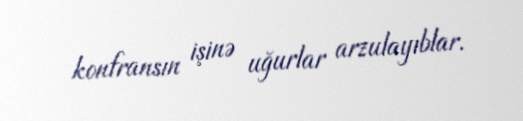
konfransın işinə uğurlar arzulayıblar.